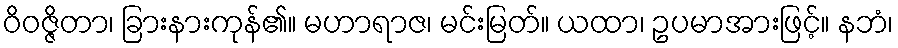
ဝိဝဇ္ဇိတာ၊ ခြားနားကုန်၏။ မဟာရာဇ၊ မင်းမြတ်။ ယထာ၊ ဥပမာအားဖြင့်။ နဘံ၊